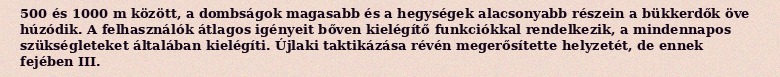
500 és 1000 m között, a dombságok magasabb és a hegységek alacsonyabb részein a bükkerdők öve húzódik. A felhasználók átlagos igényeit bőven kielégítő funkciókkal rendelkezik, a mindennapos szükségleteket általában kielégíti. Újlaki taktikázása révén megerősítette helyzetét, de ennek fejében III.